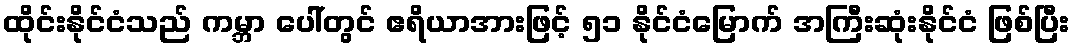
ထိုင်းနိုင်ငံသည် ကမ္ဘာ ပေါ်တွင် ဧရိယာအားဖြင့် ၅၁ နိုင်ငံမြောက် အကြီးဆုံးနိုင်ငံ ဖြစ်ပြီး